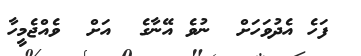
ފަހެ އެދުވަހަށް  ނުވެ އޭނާގެ  އަށް  ވެއްޖެމީހާ